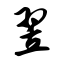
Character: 翌